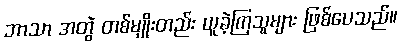
ဘာသာ အတွဲ တစ်မျိုးတည်း ယူခဲ့ကြသူများ ဖြစ်ပေသည်။